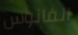
الفانوس